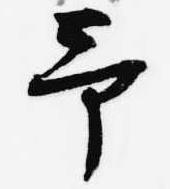
予